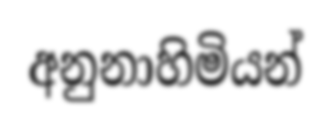
අනුනාහිමියන්